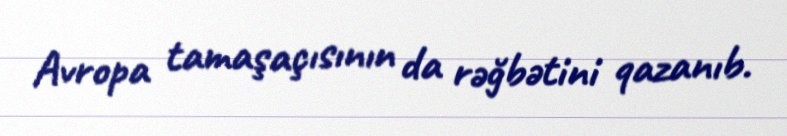
Avropa tamaşaçısının da rəğbətini qazanıb.